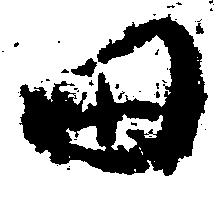
田